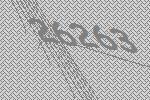
26263